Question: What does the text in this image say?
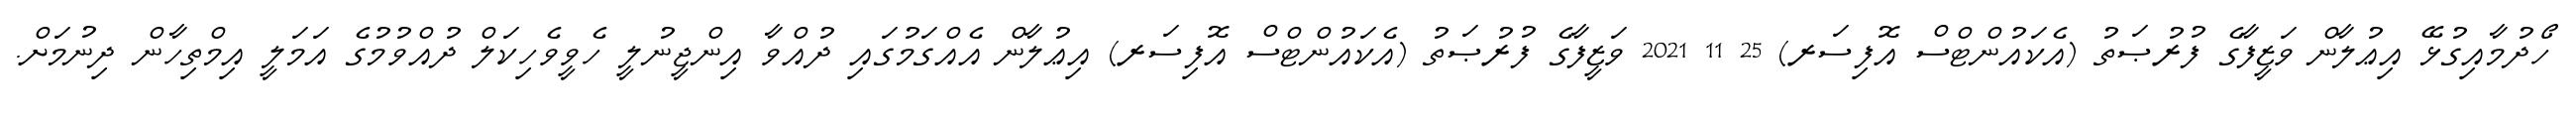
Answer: ހޯދުމާއިގުޅޭ އިޢުލާން ވަޒީފާގެ ފުރުޞަތު (އެކައުންޓްސް އޮފިސަރ) 25 11 2021 ވަޒީފާގެ ފުރުޞަތު (އެކައުންޓްސް އޮފިސަރ) އިޢުލާން އެއްގަމުގައި ދުއްވާ އިންޖީނުލީ ހެވީވެހިކަލް ދުއްވުމުގެ އަމަލީ އިމްތިހާން ދިނުމަށް.